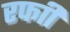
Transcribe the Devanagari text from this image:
रफाी